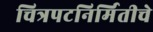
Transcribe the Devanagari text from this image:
चित्रपटनिर्मितीचे